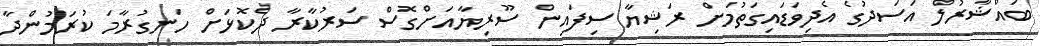
ބައްޝާރުލް އަސަދުގެ އެދިވަޑައިގަތުމަށް ރަޝިޔާ ސިފައިން ސޫރިޔާއަށްގޮސް ސަރުކާރާ ދެކޮޅަށް ހަނގުރާމަ ކުރަމުންދާ